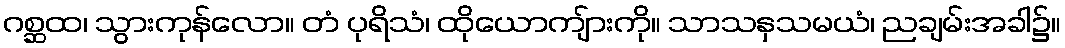
ဂစ္ဆထ၊ သွားကုန်လော။ တံ ပုရိသံ၊ ထိုယောကျ်ားကို။ သာသနှသမယံ၊ ညချမ်းအခါ၌။